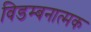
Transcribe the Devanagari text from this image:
विडम्बनात्मक